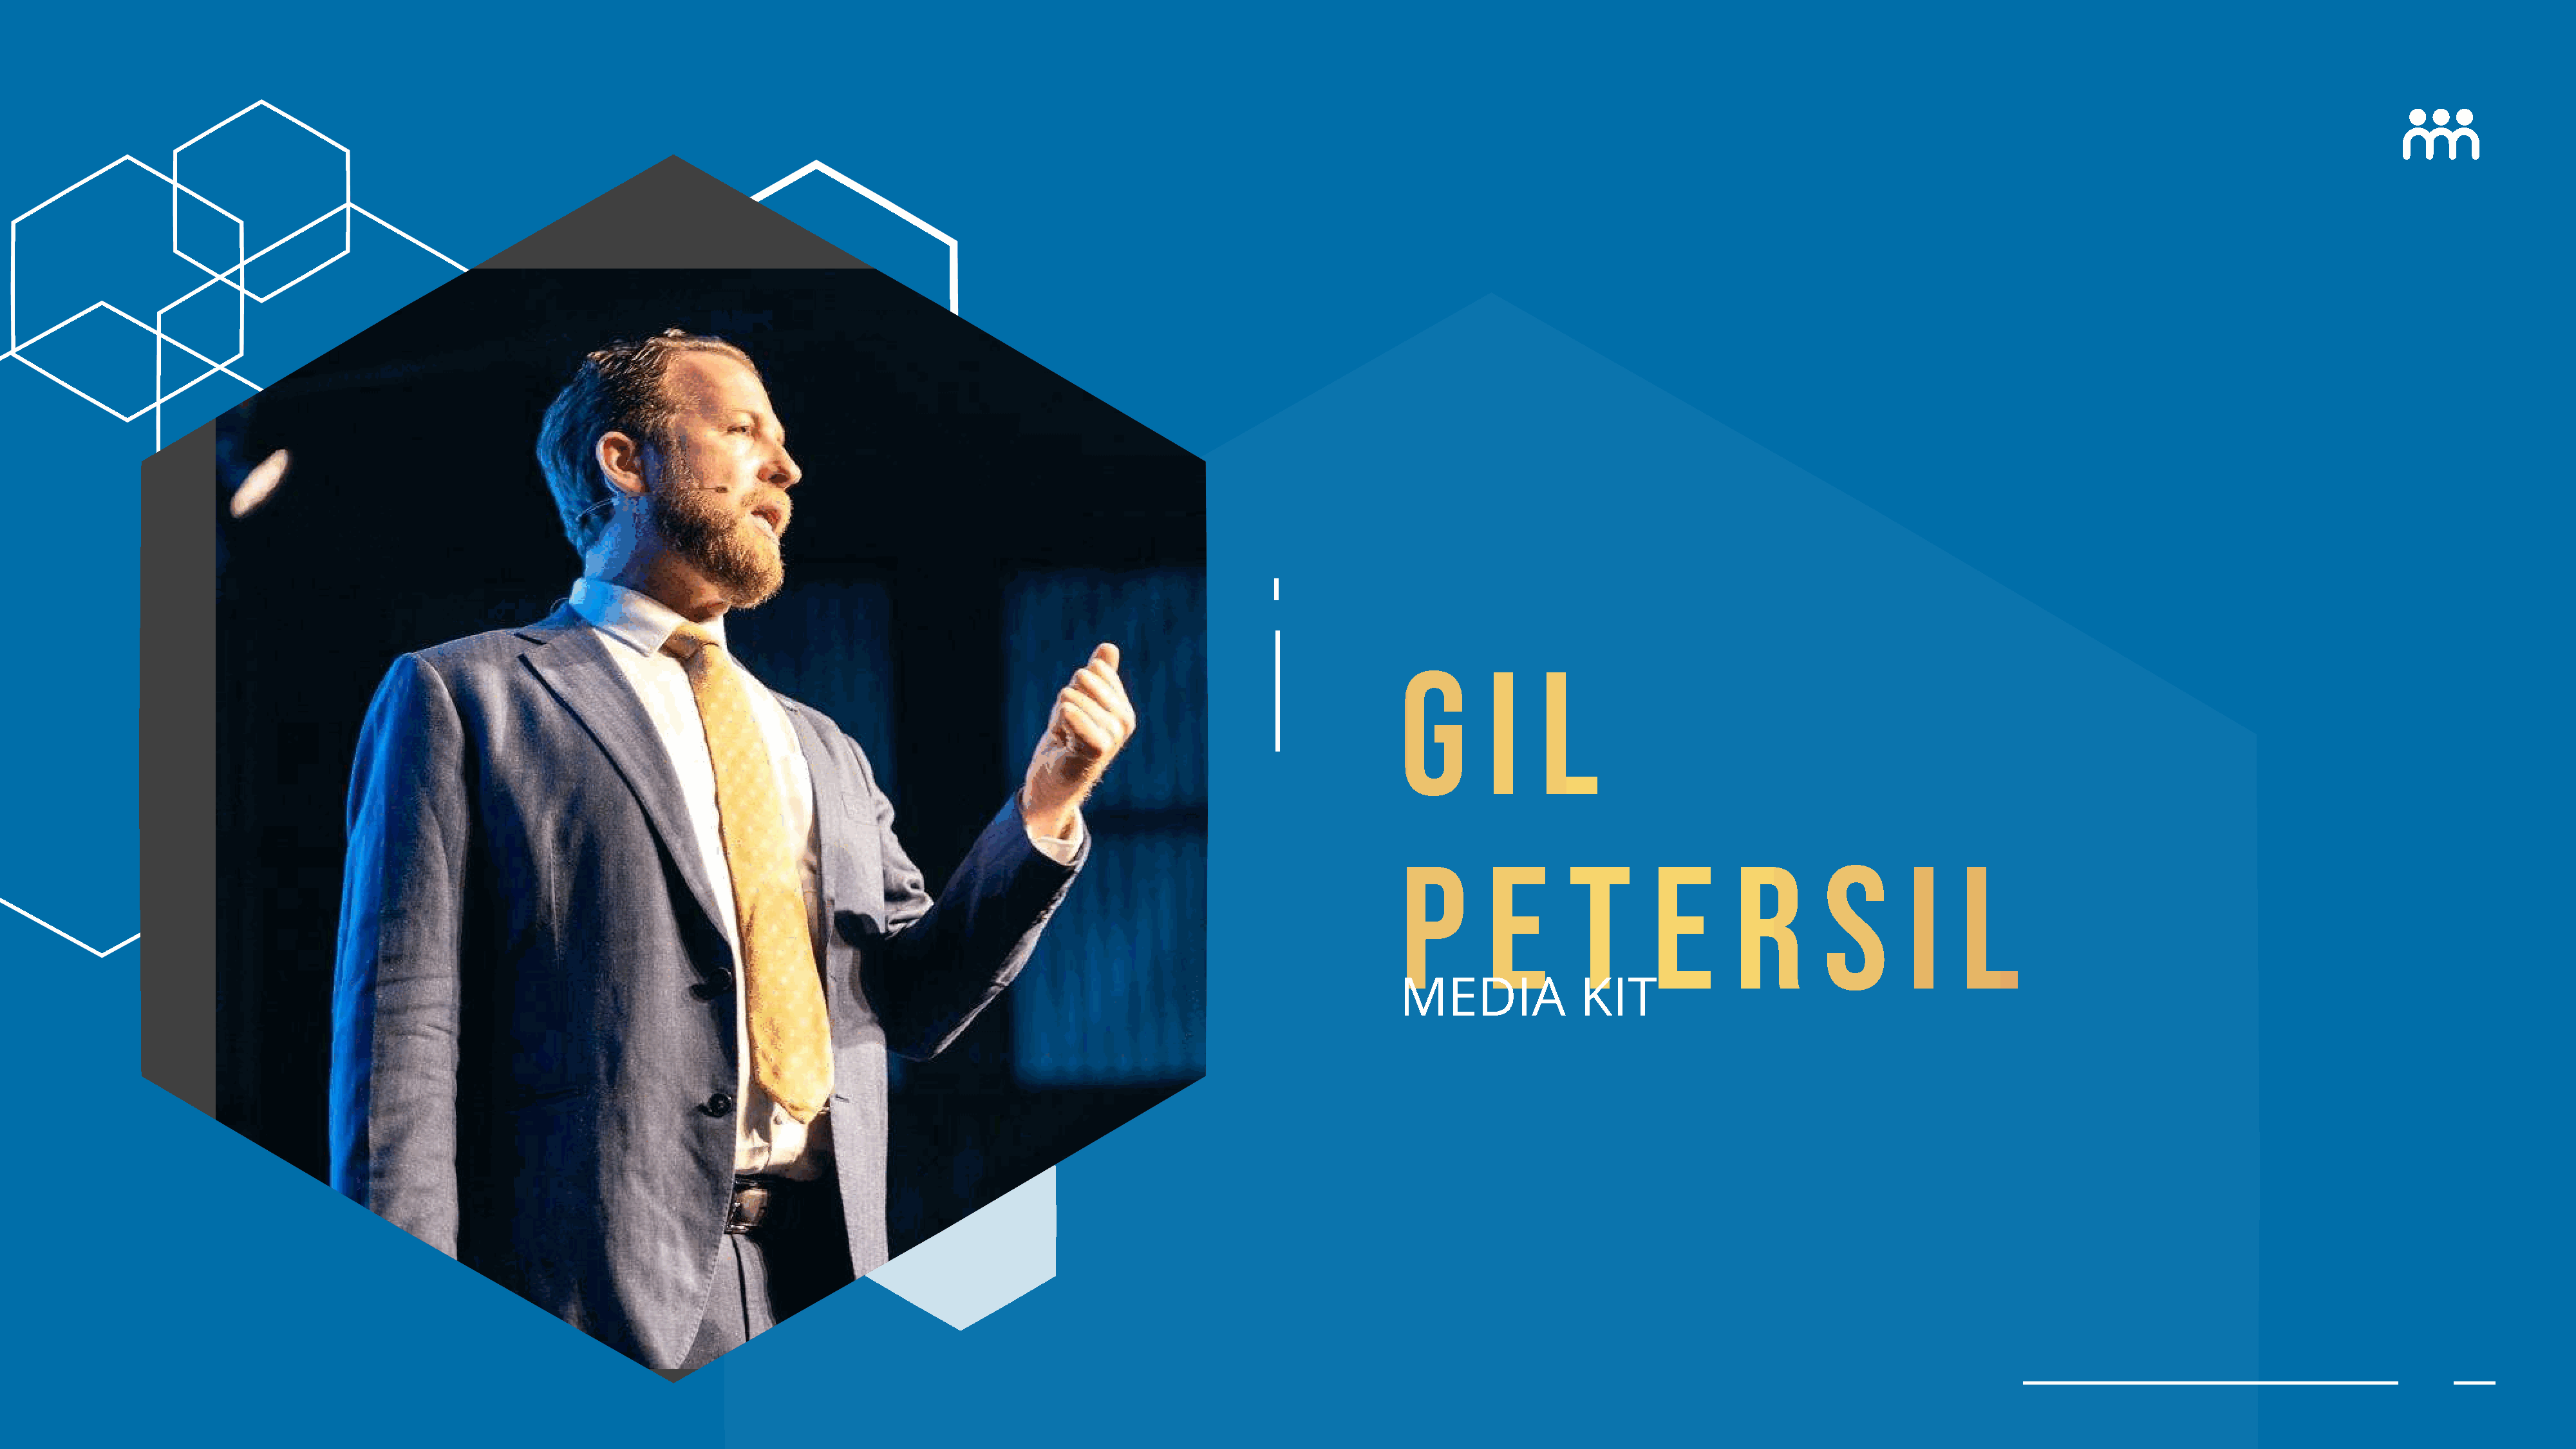
G        i    l
 P        e       t        e       r        s        i    l
 media             kit